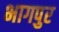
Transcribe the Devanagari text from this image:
भागपुर